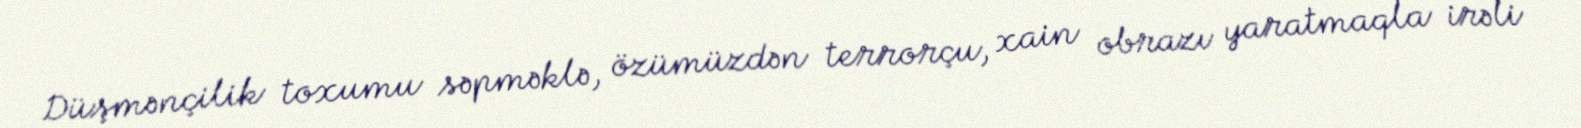
Düşmənçilik toxumu səpməklə, özümüzdən terrorçu, xain obrazı yaratmaqla irəli